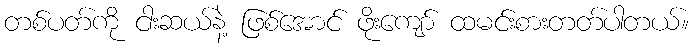
တစ်ပတ်ကို ငါးဆယ်နဲ့ ဖြစ်အောင် ဖိုးကျော် ထမင်းစားတတ်ပါတယ်။